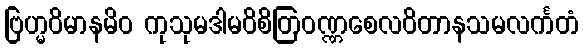
ဗြဟ္မဝိမာနမိဝ ကုသုမဒါမဝိစိတြဝဏ္ဏစေလဝိတာနသမလင်္ကတံ